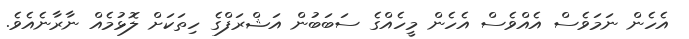
އެހެން ނަމަވެސް އެއްވެސް އެހެން މީހެއްގެ ސަބަބުން އަޝްރަފްގެ ހިތަކަށް ލޮޅުމެއް ނާރާނެއެވެ.